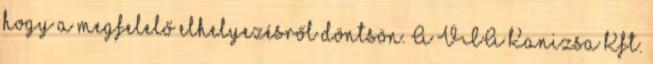
hogy a megfelelő elhelyezésről döntsön. A VIA Kanizsa Kft.